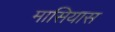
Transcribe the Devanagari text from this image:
मासियास